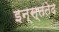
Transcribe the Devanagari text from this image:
इन्स्ततेद